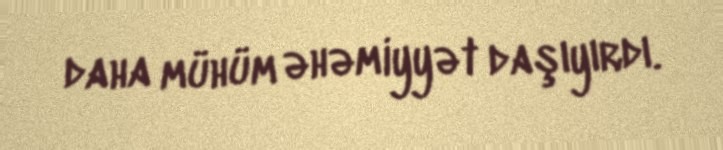
daha mühüm əhəmiyyət daşıyırdı.